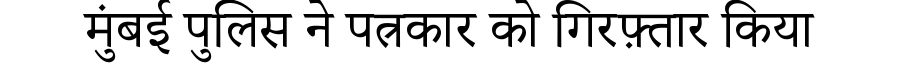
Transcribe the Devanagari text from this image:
मुंबई पुलिस ने पत्रकार को गिरफ़्तार किया